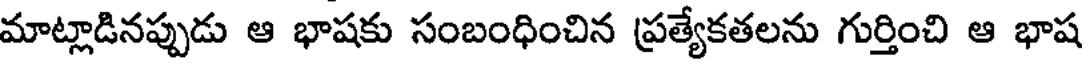
మాట్లాడినప్పుడు ఆ భాషకు సంబంధించిన ప్రత్యేకతలను గుర్తించి ఆ భాష